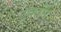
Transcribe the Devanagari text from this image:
टूकनि